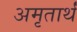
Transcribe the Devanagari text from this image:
अमृतार्थं